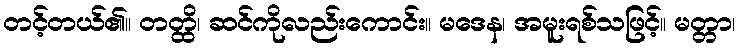
တင့်တယ်၏။ တတ္ထိ၊ ဆင်ကိုလည်းကောင်း။ မဒေန၊ အမူးရစ်သဖြင့်။ မတ္တာ၊